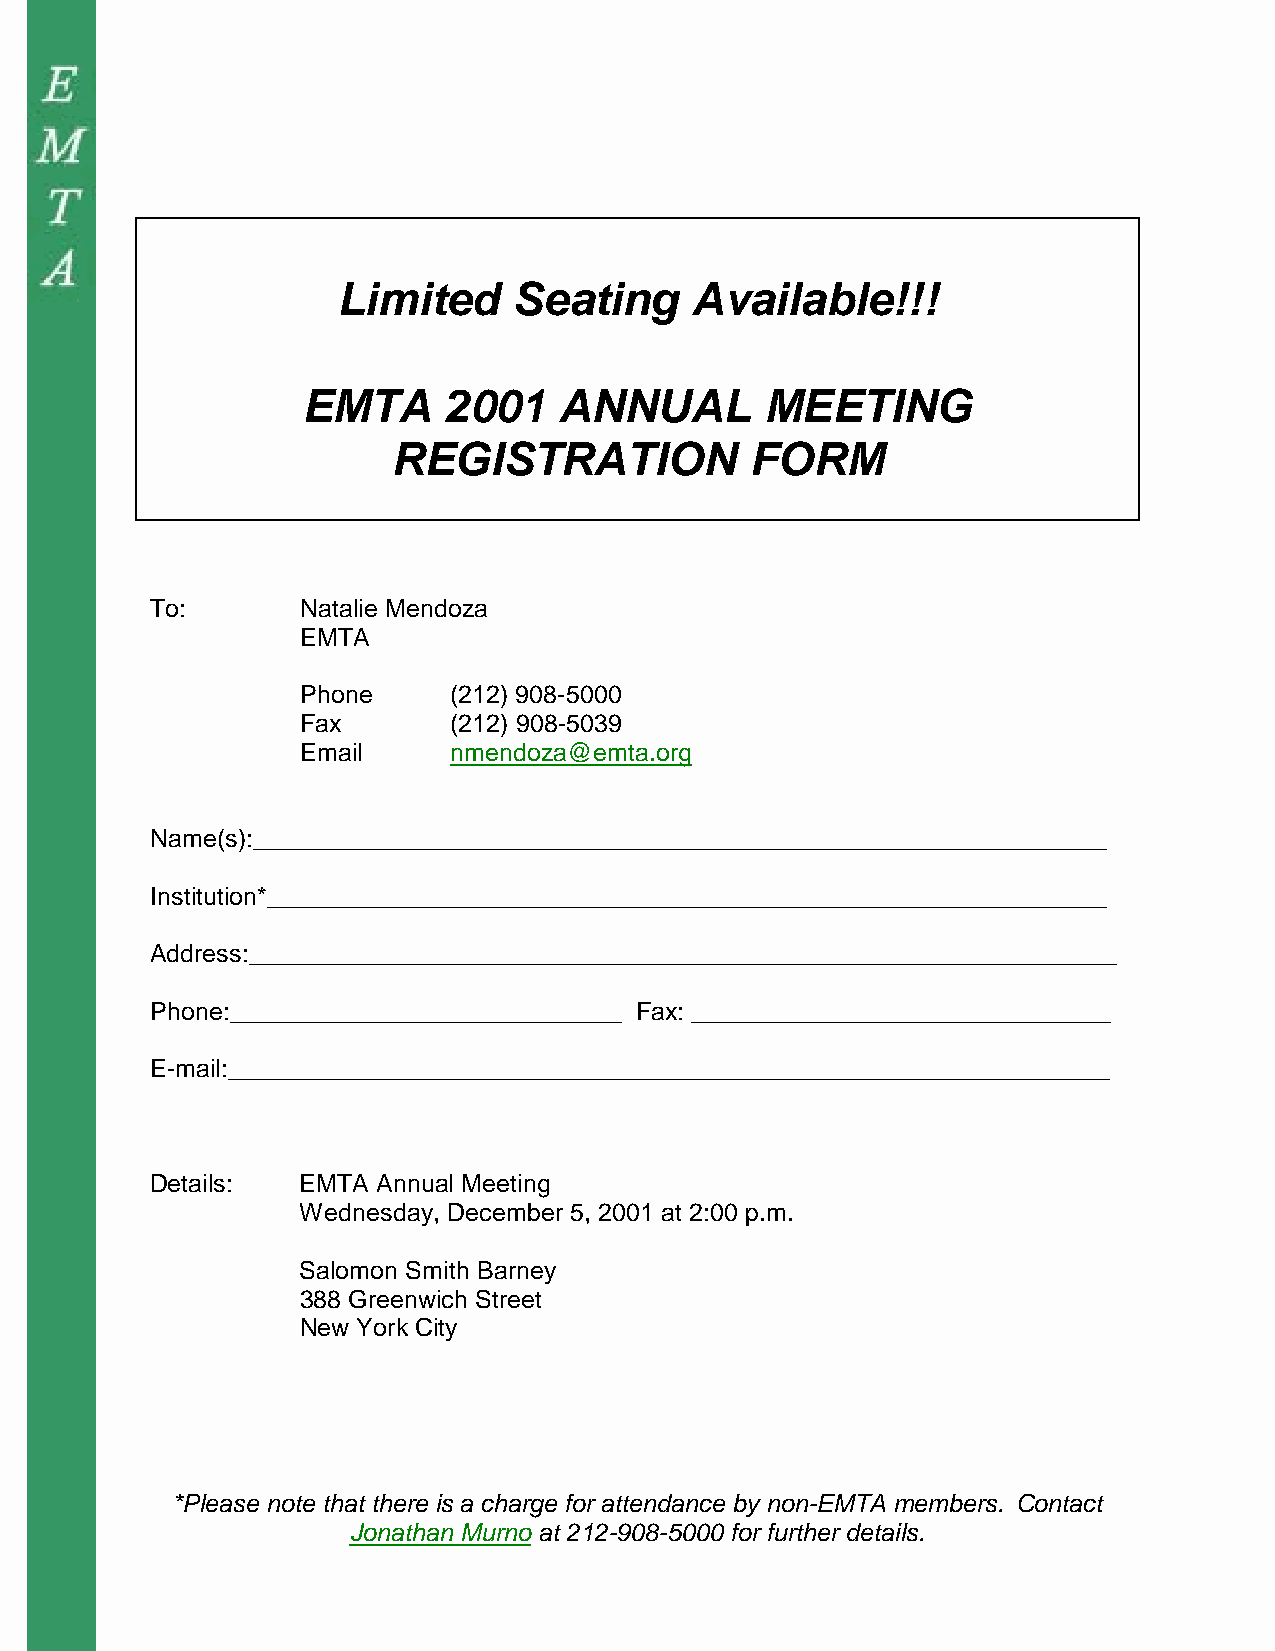
E
 T
 A
 Limited     Seating     Available!!!
 EMTA     2001    ANNUAL        MEETING
 REGISTRATION            FORM
 To:       Natalie Mendoza
 EMTA
 Phone     (212) 908-5000
 Fax       (212) 908-5039
 Email     nmendoza@emta.org
 Name(s):_____________________________________________________________
 Institution*____________________________________________________________
 Address:______________________________________________________________
 Phone:____________________________ Fax: ______________________________
 E-mail:_______________________________________________________________
 Details:  EMTA Annual Meeting
 Wednesday, December 5, 2001 at 2:00 p.m.
 Salomon Smith Barney
 388 Greenwich Street
 New York City
 *Please note that there is a charge for attendance by non-EMTA members. Contact
 Jonathan Murno at 212-908-5000 for further details.